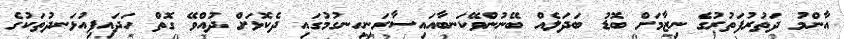
އާންމު ދަތުރުފަތުރުގެ ނިޒާމަށް ބޮޑު ބަދަލެއް ބޭނުންވޭކަނބާއައިސާރަނިހިނގުމުގައި ދެކޮޅަށް ދުއްވޭ ގޮތް ހަދައިފިއުޅަނދުތަކުގެ